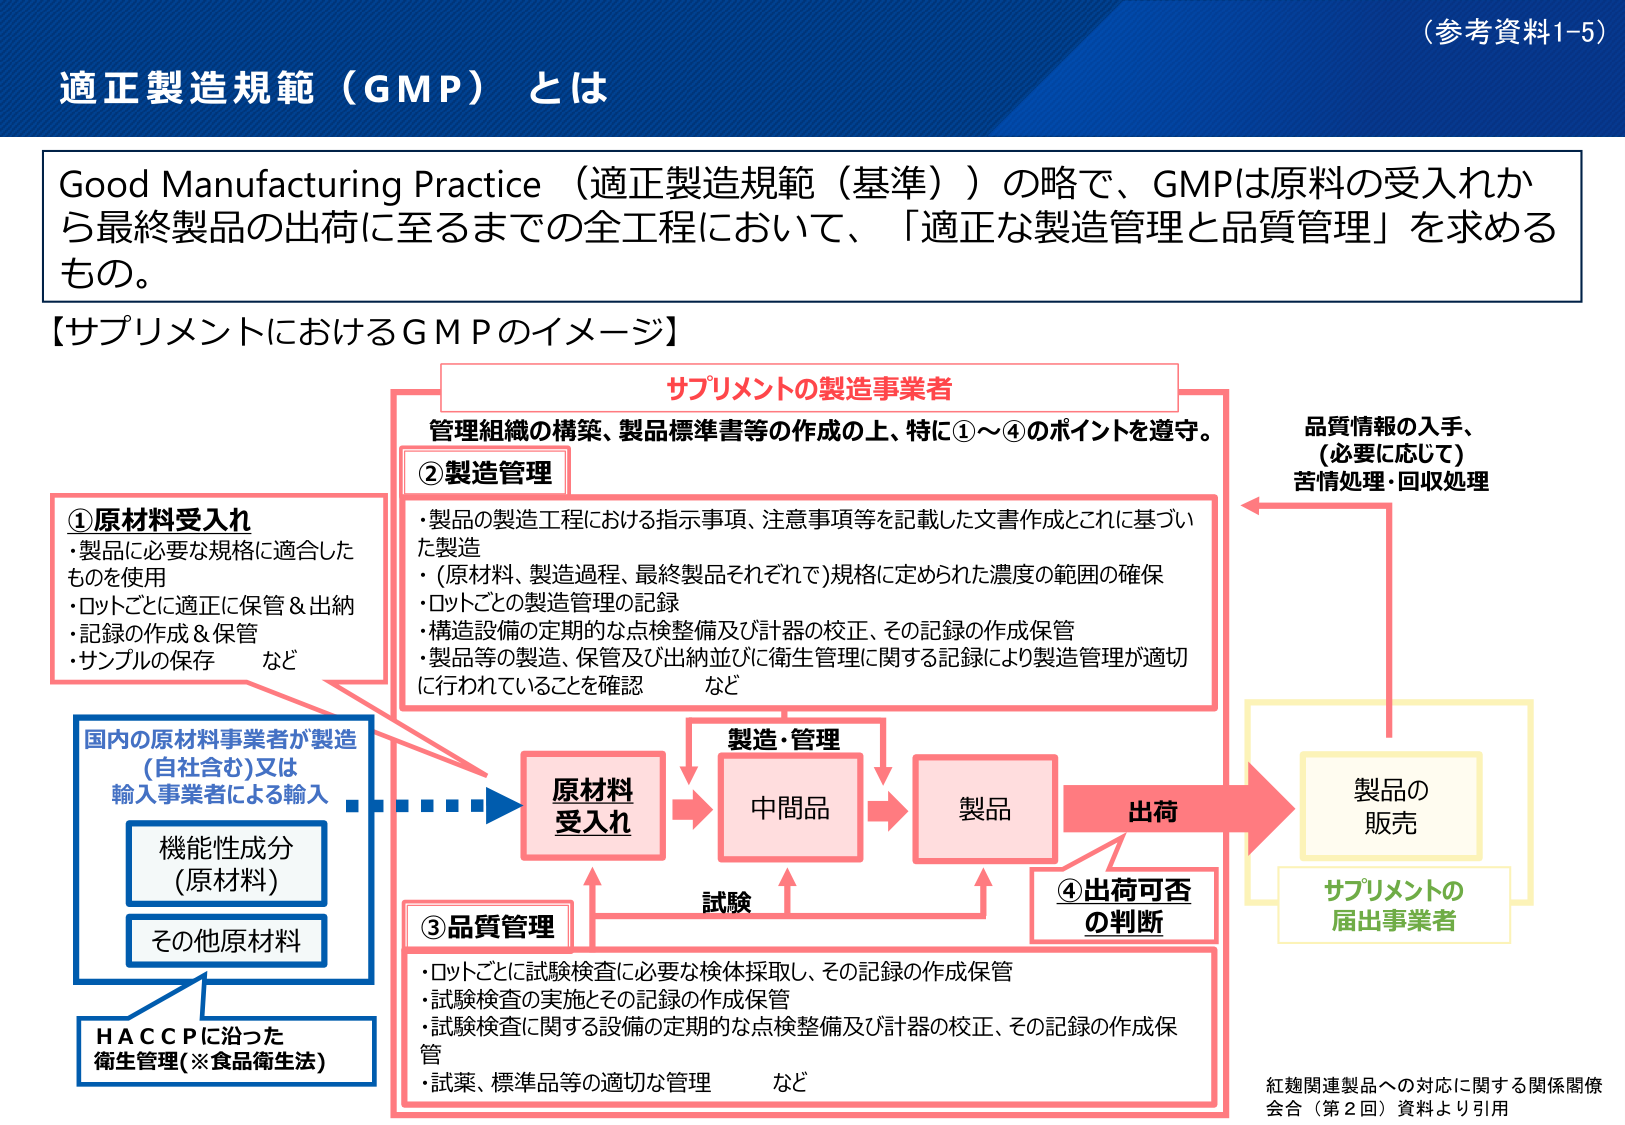
（参考資料1-5）

適正製造規範（GMP）とは

Good Manufacturing Practice（適正製造規範（基準））の略で、GMPは原料の受入れから最終製品の出荷に至るまでの全工程において、「適正な製造管理と品質管理」を求めるもの。

【サプリメントにおけるGMPのイメージ】

サプリメントの製造事業者
管理組織の構築、製品標準書等の作成の上、特に①～④のポイントを遵守。

①原材料受入れ
・製品に必要な規格に適合したものを使用
・ロットごとに適正に保管＆出納
・記録の作成＆保管
・サンプルの保存 など

②製造管理
・製品の製造工程における指示事項、注意事項等を記載した文書作成とこれに基づいた製造
・（原材料、製造過程、最終製品それぞれで）規格に定められた濃度の範囲の確保
・ロットごとの製造管理の記録
・構造設備の定期的な点検整備及び計器の校正、その記録の作成保管
・製品等の製造、保管及び出納並びに衛生管理に関する記録により製造管理が適切に行われていることを確認 など

③品質管理
・ロットごとに試験検査に必要な検体採取し、その記録の作成保管
・試験検査の実施とその記録の作成保管
・試験検査に関する設備の定期的な点検整備及び計器の校正、その記録の作成保管
・試薬、標準品等の適切な管理 など

④出荷可否の判断

国内の原材料事業者が製造（自社含む）又は輸入事業者による輸入
機能性成分（原材料）
その他原材料

HACCPに沿った衛生管理（※食品衛生法）

原材料受入れ → 製造・管理 → 中間品 → 製品 → 出荷 → 製品の販売 → サプリメントの届出事業者

品質情報の入手、（必要に応じて）苦情処理・回収処理

試験

紅麹関連製品への対応に関する関係関係会合（第2回）資料より引用